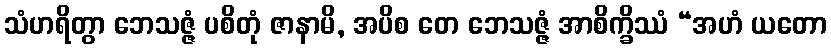
သံဟရိတွာ ဘေသဇ္ဇံ ပစိတုံ ဇာနာမိ, အပိစ တေ ဘေသဇ္ဇံ အာစိက္ခိဿံ “အဟံ ယတော